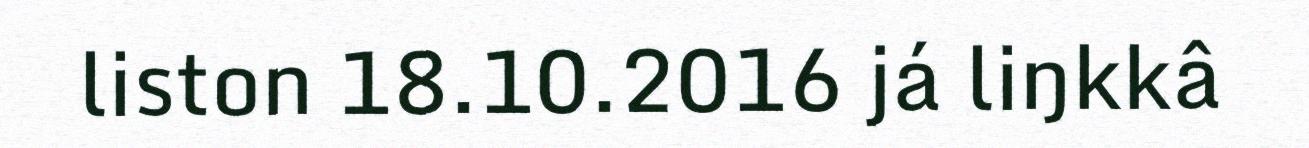
liston 18.10.2016 já liŋkkâ